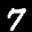
Label: 7